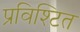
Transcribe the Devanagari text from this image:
प्रविश्टित